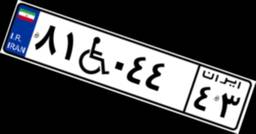
۸۱W۰۴۴۴۳